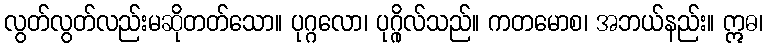
လွတ်လွတ်လည်းမဆိုတတ်သော။ ပုဂ္ဂလော၊ ပုဂ္ဂိုလ်သည်။ ကတမောစ၊ အဘယ်နည်း။ ဣဓ၊